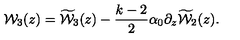
{ { \cal W } _ { 3 } ( z ) } = { \widetilde { \cal W } _ { 3 } ( z ) } - \frac { k - 2 } { 2 } \alpha _ { 0 } \partial _ { z } { \widetilde { \cal W } _ { 2 } ( z ) } .